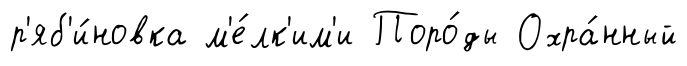
р'яб'и́новка м'е́лк'им'и Поро́ды Охра́нный